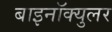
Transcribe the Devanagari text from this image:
बाइनॉक्युलर